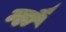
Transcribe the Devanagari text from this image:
म्हौं